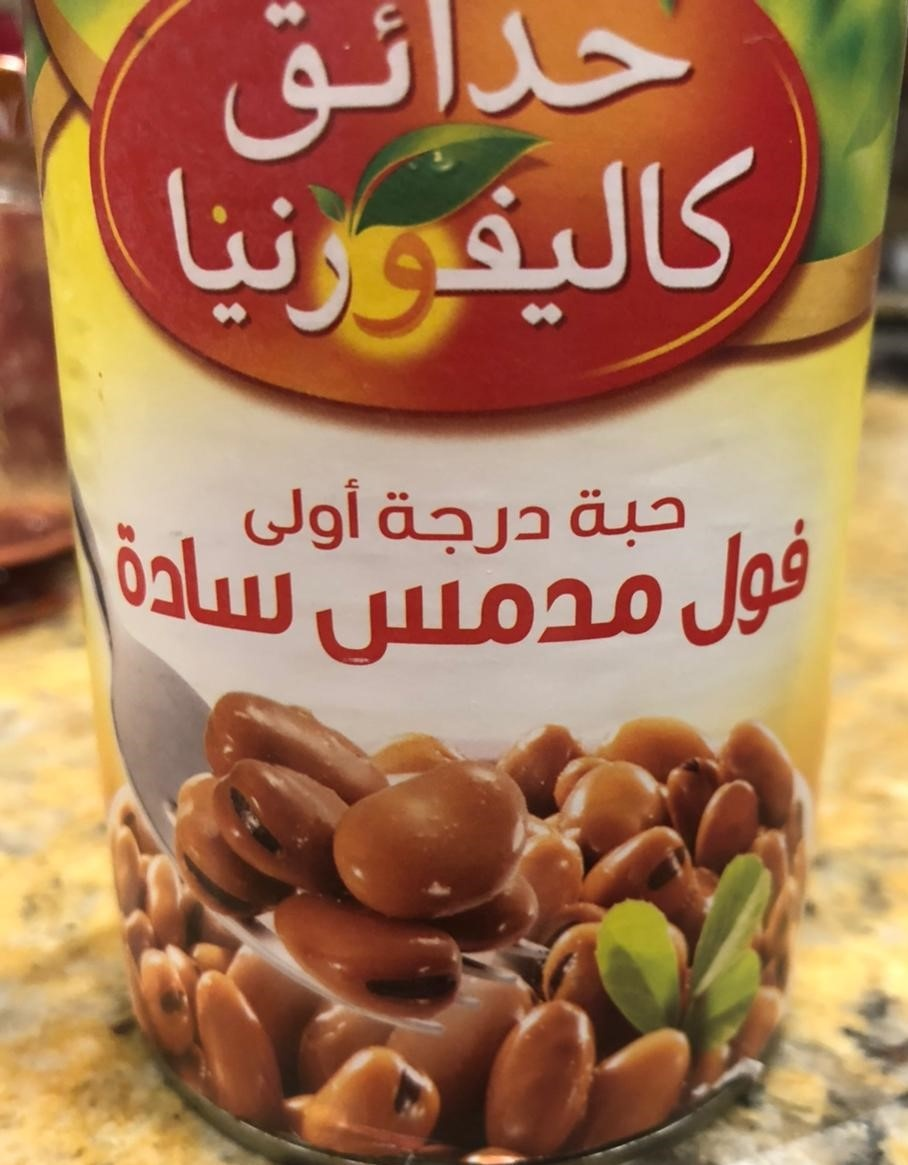
Text in image: حدائق كاليفورنيا أولى درجة حبة فول سادة مدمس